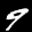
Label: 9